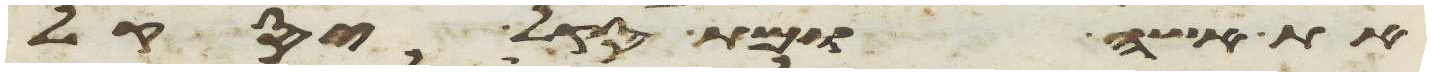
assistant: את אשה ומת סקל יסקל